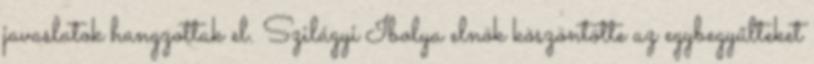
javaslatok hangzottak el. Szilágyi Ibolya elnök köszöntötte az egybegyűlteket